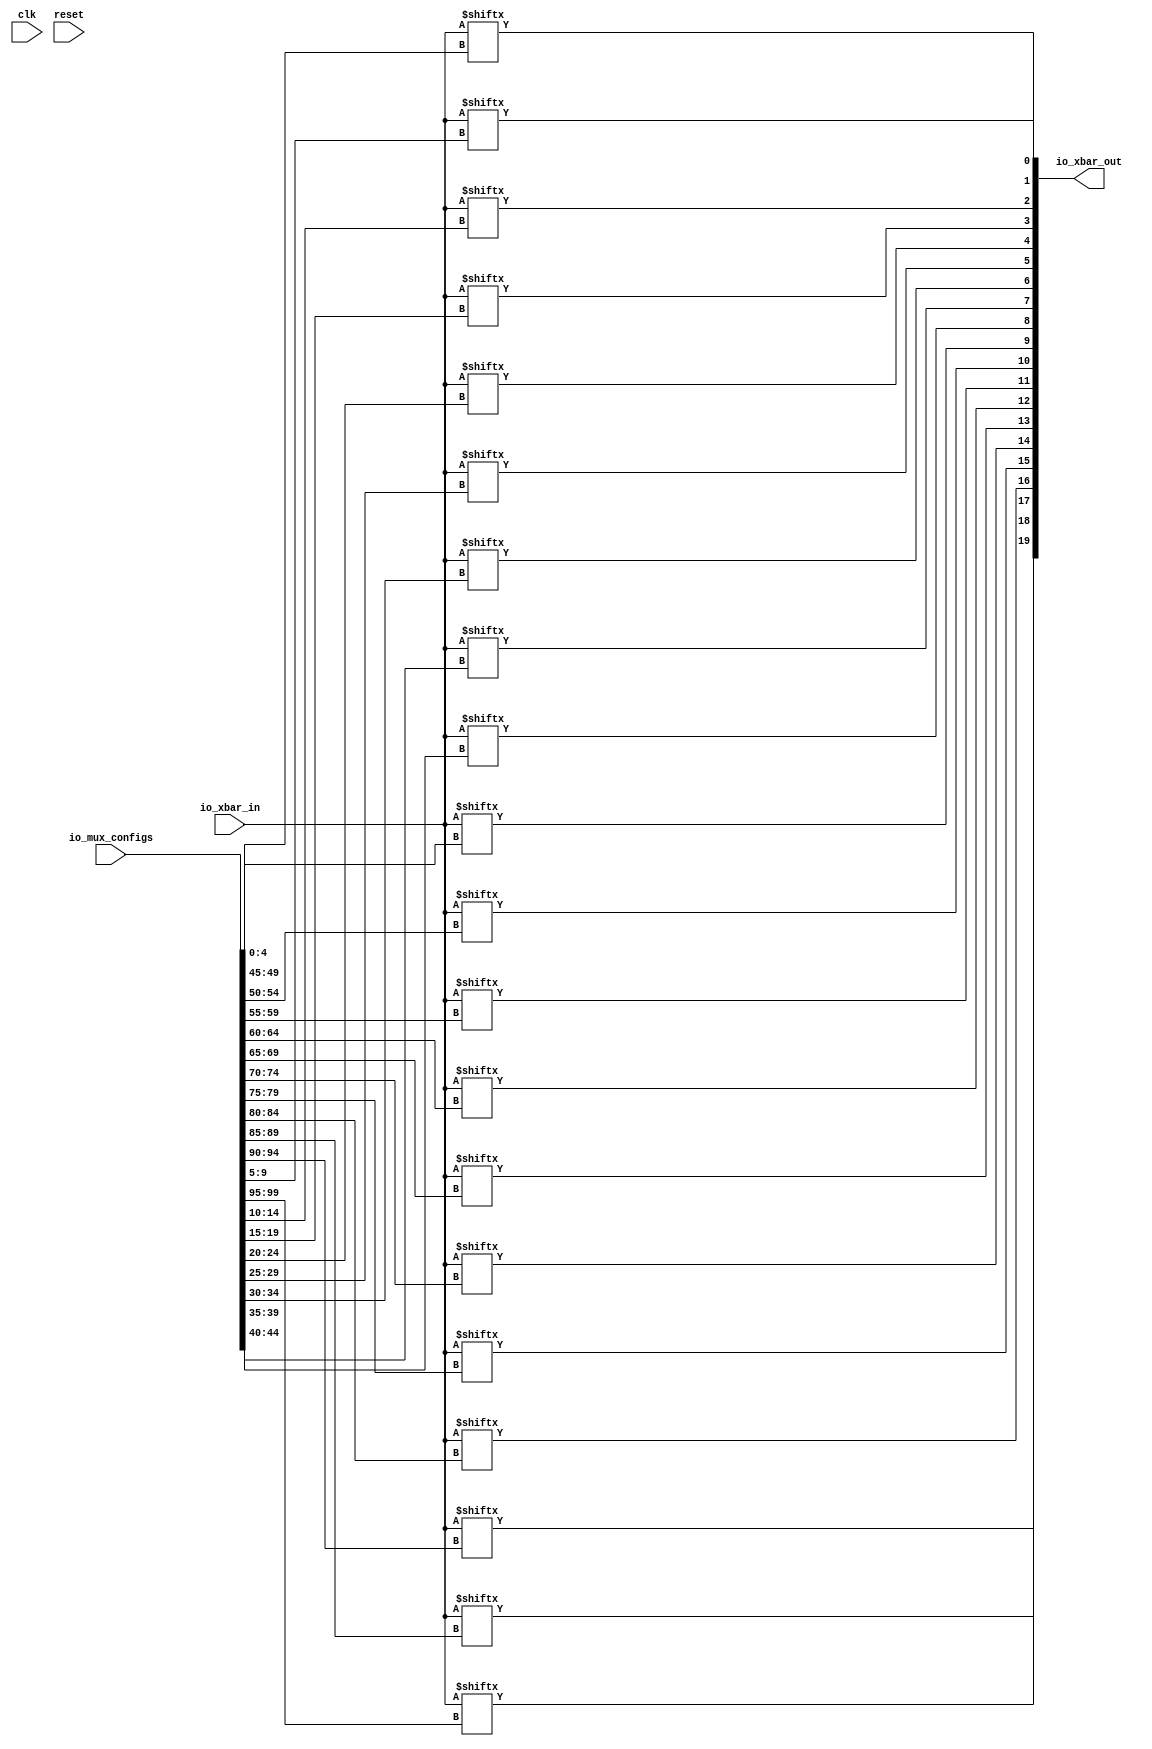
module xbar(input clk, input reset,
    input [16:0] io_xbar_in,
    output [19:0] io_xbar_out,
    input [99:0] io_mux_configs);

    assign io_xbar_out[0] = io_xbar_in[io_mux_configs[4:0]];
    assign io_xbar_out[1] = io_xbar_in[io_mux_configs[9:5]];
    assign io_xbar_out[2] = io_xbar_in[io_mux_configs[14:10]];
    assign io_xbar_out[3] = io_xbar_in[io_mux_configs[19:15]];
    assign io_xbar_out[4] = io_xbar_in[io_mux_configs[24:20]];
    assign io_xbar_out[5] = io_xbar_in[io_mux_configs[29:25]];
    assign io_xbar_out[6] = io_xbar_in[io_mux_configs[34:30]];
    assign io_xbar_out[7] = io_xbar_in[io_mux_configs[39:35]];
    assign io_xbar_out[8] = io_xbar_in[io_mux_configs[44:40]];
    assign io_xbar_out[9] = io_xbar_in[io_mux_configs[49:45]];
    assign io_xbar_out[10] = io_xbar_in[io_mux_configs[54:50]];
    assign io_xbar_out[11] = io_xbar_in[io_mux_configs[59:55]];
    assign io_xbar_out[12] = io_xbar_in[io_mux_configs[64:60]];
    assign io_xbar_out[13] = io_xbar_in[io_mux_configs[69:65]];
    assign io_xbar_out[14] = io_xbar_in[io_mux_configs[74:70]];
    assign io_xbar_out[15] = io_xbar_in[io_mux_configs[79:75]];
    assign io_xbar_out[16] = io_xbar_in[io_mux_configs[84:80]];
    assign io_xbar_out[17] = io_xbar_in[io_mux_configs[89:85]];
    assign io_xbar_out[18] = io_xbar_in[io_mux_configs[94:90]];
    assign io_xbar_out[19] = io_xbar_in[io_mux_configs[99:95]];

endmodule